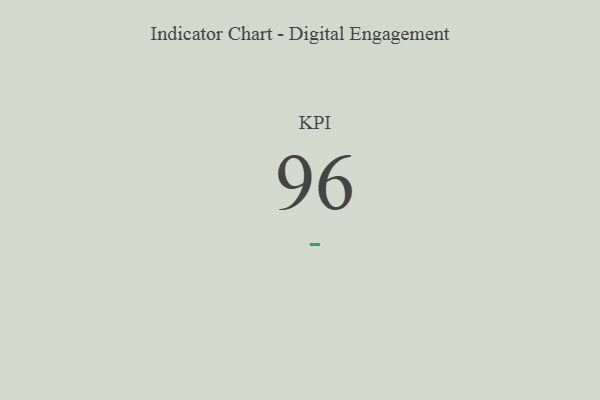
{"axis": {"x": "KPI", "y": "Value"}, "legend": [""], "data": [{"x": "KPI", "y": 96, "type": ""}]}